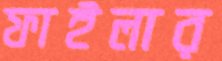
ফাইলার